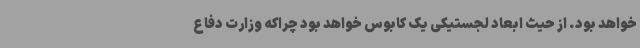
خواهد بود. از حیث ابعاد لجستیکی یک کابوس خواهد بود چراکه وزارت دفاع